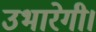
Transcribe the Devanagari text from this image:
उभारेगी।